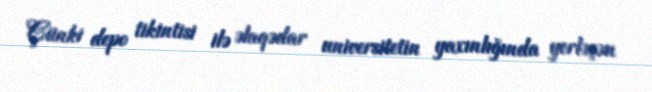
Çünki depo tikintisi ilə əlaqədar universitetin yaxınlığında yerləşən